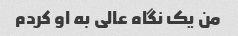
من یک نگاه عالی به او کردم